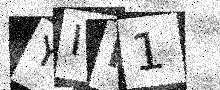
Text: YIH1